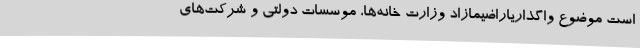
است موضوع واگذاریاراضیمازاد وزارت خانه‌ها، موسسات دولتی و شرکت‌های